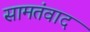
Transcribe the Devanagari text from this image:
सामतंवाद